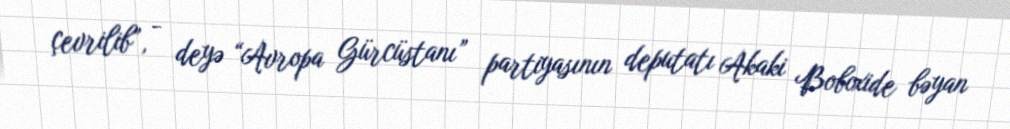
çevrilib”, - deyə “Avropa Gürcüstanı” partiyasının deputatı Akaki Boboxide bəyan